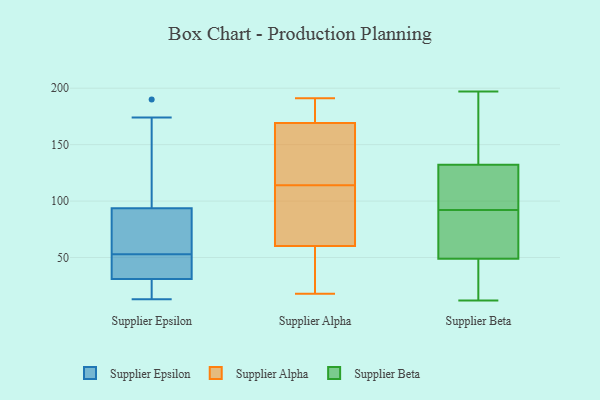
{"axis": {"x": "Gross Profit (USD K)", "y": "Value"}, "legend": ["Supplier Alpha", "Supplier Beta", "Supplier Epsilon"], "data": [{"x": "", "y": 30, "type": "Supplier Epsilon"}, {"x": "", "y": 138, "type": "Supplier Epsilon"}, {"x": "", "y": 17, "type": "Supplier Epsilon"}, {"x": "", "y": 74, "type": "Supplier Epsilon"}, {"x": "", "y": 53, "type": "Supplier Epsilon"}, {"x": "", "y": 61, "type": "Supplier Epsilon"}, {"x": "", "y": 174, "type": "Supplier Epsilon"}, {"x": "", "y": 34, "type": "Supplier Epsilon"}, {"x": "", "y": 35, "type": "Supplier Epsilon"}, {"x": "", "y": 39, "type": "Supplier Epsilon"}, {"x": "", "y": 100, "type": "Supplier Epsilon"}, {"x": "", "y": 190, "type": "Supplier Epsilon"}, {"x": "", "y": 13, "type": "Supplier Epsilon"}, {"x": "", "y": 75, "type": "Supplier Epsilon"}, {"x": "", "y": 19, "type": "Supplier Epsilon"}, {"x": "", "y": 161, "type": "Supplier Alpha"}, {"x": "", "y": 58, "type": "Supplier Alpha"}, {"x": "", "y": 114, "type": "Supplier Alpha"}, {"x": "", "y": 101, "type": "Supplier Alpha"}, {"x": "", "y": 18, "type": "Supplier Alpha"}, {"x": "", "y": 185, "type": "Supplier Alpha"}, {"x": "", "y": 46, "type": "Supplier Alpha"}, {"x": "", "y": 191, "type": "Supplier Alpha"}, {"x": "", "y": 132, "type": "Supplier Alpha"}, {"x": "", "y": 60, "type": "Supplier Alpha"}, {"x": "", "y": 61, "type": "Supplier Alpha"}, {"x": "", "y": 81, "type": "Supplier Alpha"}, {"x": "", "y": 176, "type": "Supplier Alpha"}, {"x": "", "y": 172, "type": "Supplier Alpha"}, {"x": "", "y": 114, "type": "Supplier Alpha"}, {"x": "", "y": 93, "type": "Supplier Beta"}, {"x": "", "y": 29, "type": "Supplier Beta"}, {"x": "", "y": 127, "type": "Supplier Beta"}, {"x": "", "y": 12, "type": "Supplier Beta"}, {"x": "", "y": 46, "type": "Supplier Beta"}, {"x": "", "y": 174, "type": "Supplier Beta"}, {"x": "", "y": 134, "type": "Supplier Beta"}, {"x": "", "y": 42, "type": "Supplier Beta"}, {"x": "", "y": 58, "type": "Supplier Beta"}, {"x": "", "y": 197, "type": "Supplier Beta"}, {"x": "", "y": 94, "type": "Supplier Beta"}, {"x": "", "y": 92, "type": "Supplier Beta"}, {"x": "", "y": 136, "type": "Supplier Beta"}, {"x": "", "y": 61, "type": "Supplier Beta"}, {"x": "", "y": 80, "type": "Supplier Beta"}]}